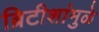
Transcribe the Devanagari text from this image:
ब्रिटीशांमुळे